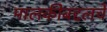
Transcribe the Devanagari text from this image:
मालकीबद्दलचे